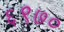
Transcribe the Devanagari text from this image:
६९७०